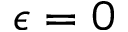
\epsilon = 0